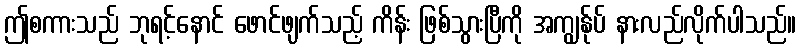
ဤစကားသည် ဘုရင့်နောင် ဖောင်ဖျက်သည့် ကိန်း ဖြစ်သွားပြီကို အကျွန်ုပ် နားလည်လိုက်ပါသည်။